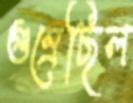
গুম্‌রেছিল